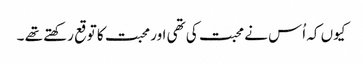
کیوں کہ اُس نے محبت کی تھی اور محبت کا توقع رکھتے تھے ۔